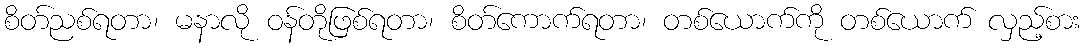
စိတ်ညစ်ရတာ၊ မနာလို ဝန်တိုဖြစ်ရတာ၊ စိတ်ကောက်ရတာ၊ တစ်ယောက်ကို တစ်ယောက် လှည့်စား